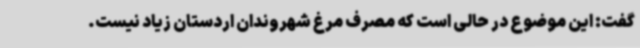
گفت: این موضوع در حالی است که مصرف مرغ شهروندان اردستان زیاد نیست.